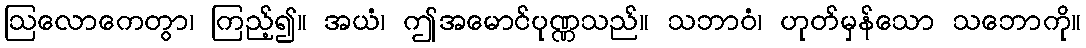
ဩလောကေတွာ၊ ကြည့်၍။ အယံ၊ ဤအမောင်ပုဏ္ဏသည်။ သဘာဝံ၊ ဟုတ်မှန်သော သဘောကို။